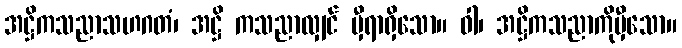
အဋ္ဌိကသညာသဟဂတံ၊ အဋ္ဌိ ကသညာလျှင် မှီရာရှိသော။ ဝါ၊ အဋ္ဌိကသညာကိုမှီသော။